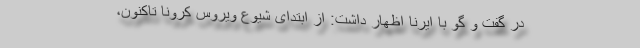
در گفت و گو با ایرنا اظهار داشت: از ابتدای شیوع ویروس کرونا تاکنون،